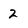
Character: 2